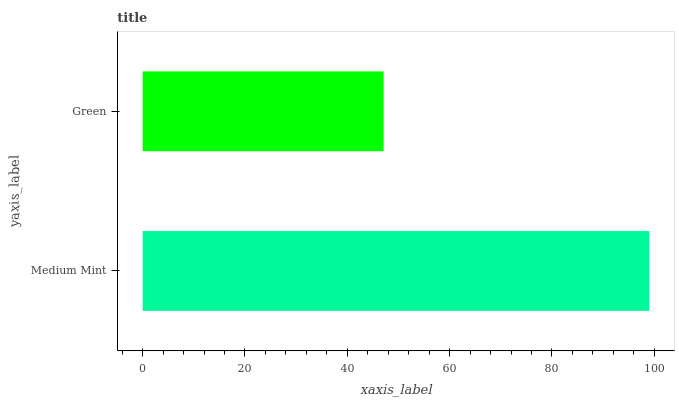
| yaxis_label | bars |
 | --- | --- |
 | Medium Mint | 99 |
 | Green | 47.1 |